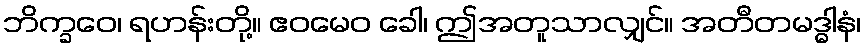
ဘိက္ခဝေ၊ ရဟန်းတို့။ ဧဝမေဝ ခေါ၊ ဤအတူသာလျှင်။ အတီတမဒ္ဓါနံ၊